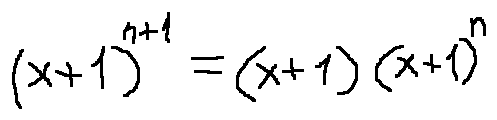
( x + 1 ) ^ { n + 1 } = ( x + 1 ) ( x + 1 ) ^ { n }